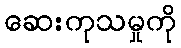
ဆေးကုသမှုကို